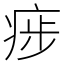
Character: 㾟